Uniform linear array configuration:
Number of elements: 64
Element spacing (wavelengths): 0.5
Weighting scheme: binomial
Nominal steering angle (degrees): -45
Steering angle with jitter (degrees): -43.862
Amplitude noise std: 0.05
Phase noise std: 0.05

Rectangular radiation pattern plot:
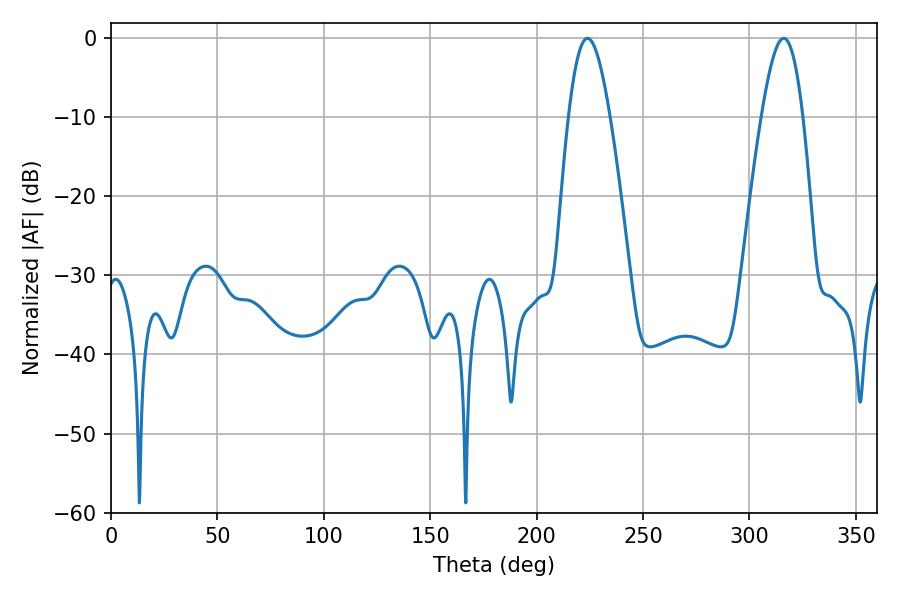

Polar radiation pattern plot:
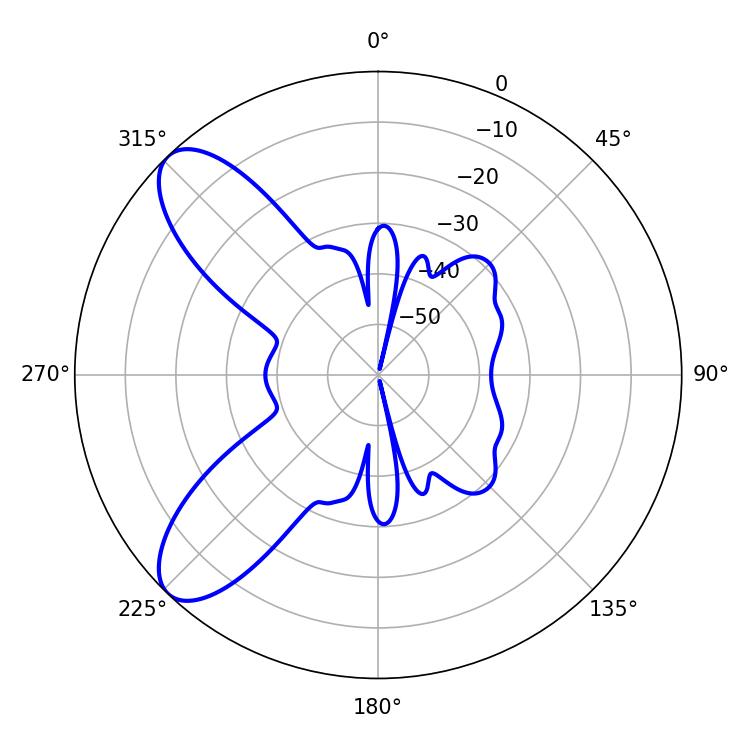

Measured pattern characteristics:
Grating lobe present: FALSE
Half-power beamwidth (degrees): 10.44
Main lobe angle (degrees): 223.92